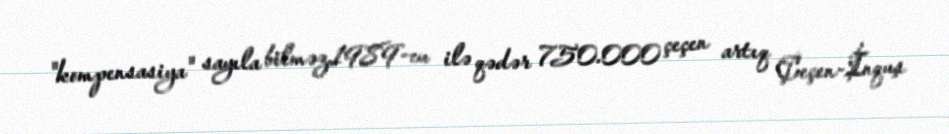
"kompensasiya" sayıla bilməz.1989-cu ilə qədər 750.000 çeçen artıq Çeçen-İnquş